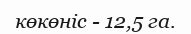
көкөніс - 12,5 га.